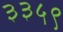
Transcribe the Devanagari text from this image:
३३५९